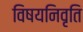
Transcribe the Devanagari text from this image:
विषयनिवृति